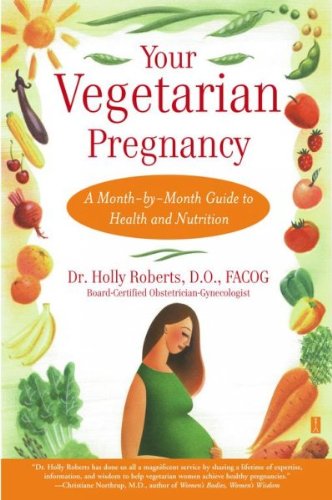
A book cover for Your Vegetarian Pregnancy A Month--by--Month Guide to Health and Nutrition; Health, Fitness & Dieting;